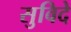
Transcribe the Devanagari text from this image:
सुविदे